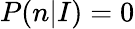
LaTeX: P(n|I)=0